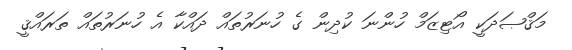
މަޤްޞަދަކީ އޯޓިޒަމް ހުންނަ ކުދިން ގެ ހުނަރުތައް ދައްކާ އެ ހުނަރުތައް ތަރައްޤީ